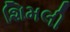
શિમલી